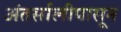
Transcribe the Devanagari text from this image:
अंतर्सालीपासून